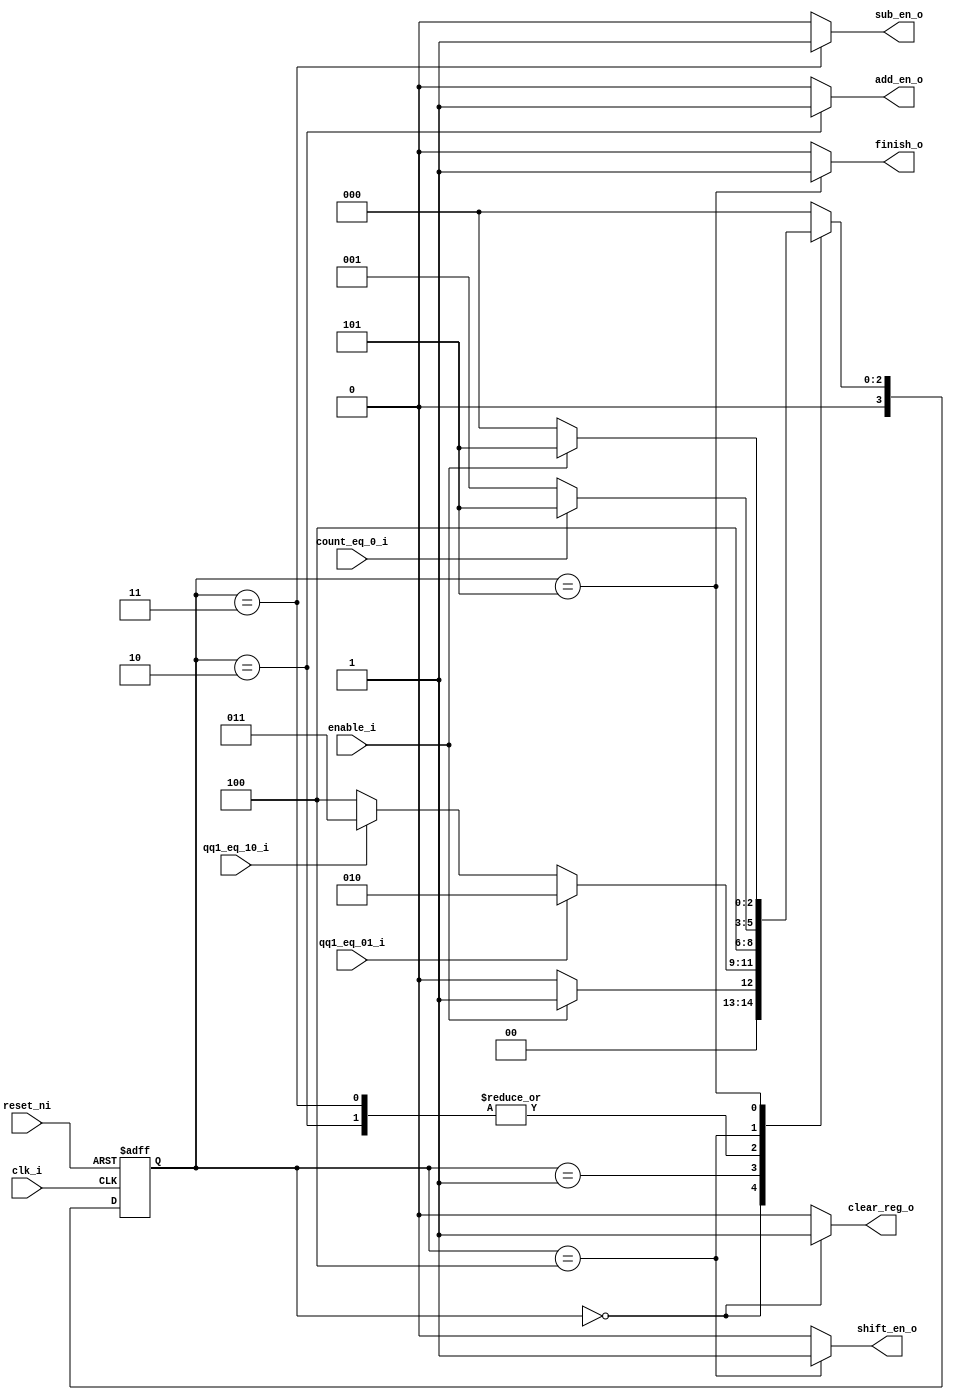
module fsm_booth (
    clk_i               ,
    reset_ni            ,
    enable_i            ,

    qq1_eq_01_i         ,
    qq1_eq_10_i         ,
    count_eq_0_i        ,

    add_en_o            ,
    sub_en_o            ,
    shift_en_o          ,
    clear_reg_o         ,
    finish_o
);
    input   clk_i               ;
    input   reset_ni            ;
    input   enable_i            ;
    
    input   qq1_eq_01_i         ;
    input   qq1_eq_10_i         ;
    input   count_eq_0_i        ;

    output  add_en_o            ;
    output  sub_en_o            ;
    output  shift_en_o          ;
    output  clear_reg_o         ;
    output  finish_o            ;

    //  Decalare state
    localparam      IDLE    =     3'b000 ;
    localparam      START   =     3'b001 ;
    localparam      ADD     =     3'b010 ;
    localparam      SUB     =     3'b011 ;
    localparam      SHIFT   =     3'b100 ;
    localparam      FINISH  =     3'b101 ;  

    reg     [3:0]   current_state   ;
    reg     [3:0]   next_state      ;

    //  Current-state
    always @(posedge clk_i, negedge reset_ni) begin
        if (~reset_ni)
            current_state   <=  IDLE        ;
        else
            current_state   <=  next_state  ;
    end

    //  Next_state
    always @(*) begin
        case (current_state)
            IDLE    :   begin
                if (enable_i)
                    next_state  =   START   ;
                else
                    next_state  =   IDLE    ;
            end

            START   :   begin
                if (qq1_eq_01_i)
                    next_state  =   ADD     ;
                else if (qq1_eq_10_i)
                    next_state  =   SUB     ;
                else
                    next_state  =   SHIFT   ; 
            end

            ADD     :   begin
                next_state  =   SHIFT   ;
            end

            SUB     :   begin
                next_state  =   SHIFT   ;
            end

            SHIFT   :   begin
                if (count_eq_0_i)
                    next_state  =  FINISH   ;
                else
                    next_state  =  START    ;
            end

            FINISH  :   begin
                if (~enable_i)
                    next_state = IDLE       ;
                else
                    next_state = FINISH     ;
            end

            default :   next_state = IDLE   ;
        endcase
    end

    //  Out-put
    assign  add_en_o    =   (current_state == ADD  ) ? 1 : 0    ;
    assign  sub_en_o    =   (current_state == SUB  ) ? 1 : 0    ;
    assign  shift_en_o  =   (current_state == SHIFT) ? 1 : 0    ;
    assign  clear_reg_o  =   (current_state == IDLE) ? 1 : 0    ;
    assign  finish_o    =   (current_state  == FINISH) ? 1 : 0  ;

endmodule